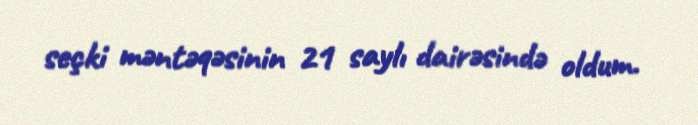
seçki məntəqəsinin 21 saylı dairəsində oldum.